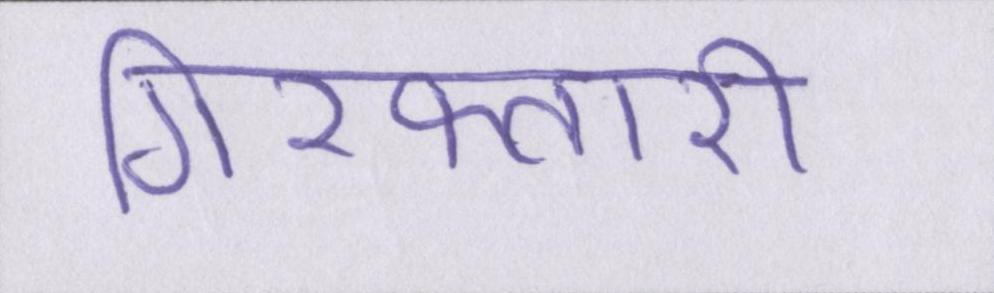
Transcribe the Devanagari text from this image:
गिरफ्तारी